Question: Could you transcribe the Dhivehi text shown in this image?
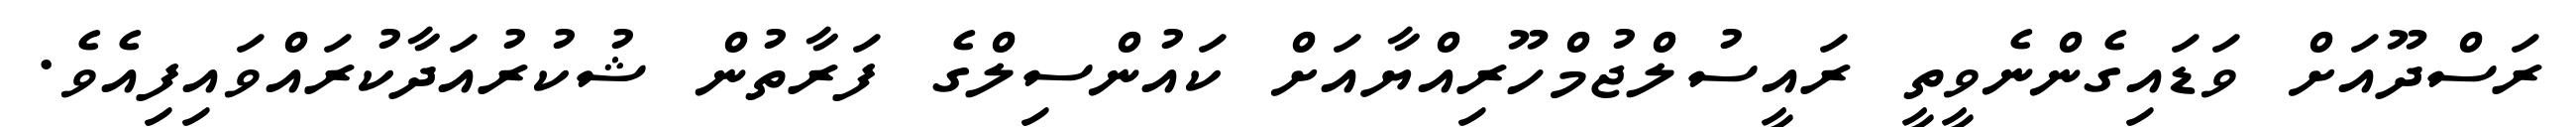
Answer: ރަސްދޫއަށް ވަޑައިގެންނެވީތީ ރައީސުލްޖުމްހޫރިއްޔާއަށް ކައުންސިލްގެ ފަރާތުން ޝުކުރުއަދާކުރައްވައިފިއެވެ.